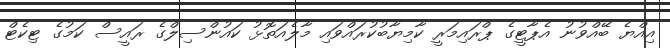
އިއްޔެ ބޭއްވުނު އެޕާޓީގެ ޕްރައިމަރީ ކާމިޔާބުކުރައްވައި މާލެއަތޮޅު ކައުންސިލްގެ ރައީސް ކަމުގެ ޓިކެޓް